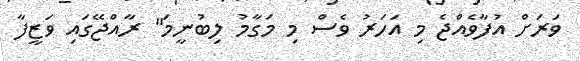
ވަރަށް އުފާވެއްޖެ މި އަަހަރު ވެސް މި މަގާމު ލިބުނީމަ" ރާއްޖޭގައި ވަޒީފާ